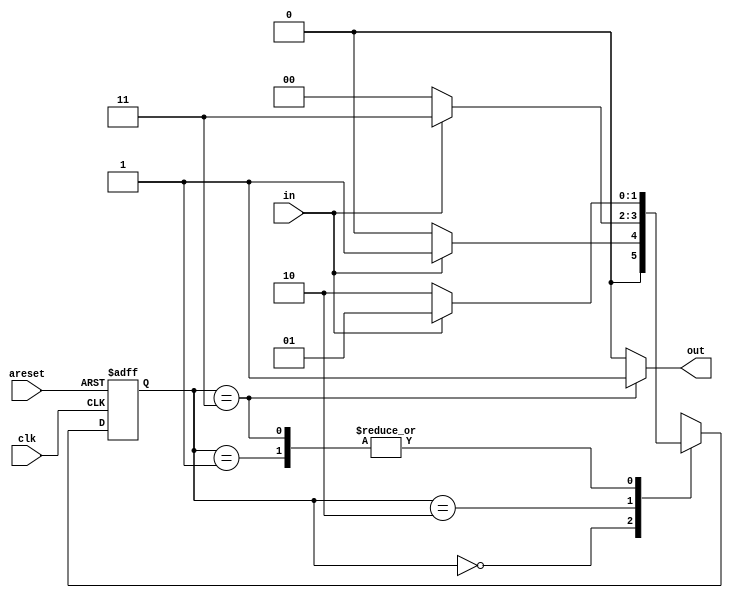
module top_module(
    input clk,
    input in,
    input areset,
    output out); //

    parameter A = 2'b00, B = 2'b01, C = 2'b10, D = 2'b11;
    reg [1:0] state, next_state;
    
    // State transition logic
    always @(*)
        case(state)
            A: next_state = in ? B : A;
            B: next_state = in ? B : C;
            C: next_state = in ? D : A;
            D: next_state = in ? B : C;
        endcase

    // State flip-flops with asynchronous reset
    always @(posedge clk or posedge areset) begin
        if(areset) begin
            state <= A;
        end 
        else 
            state <= next_state;
    end
            
    // Output logic
    always @(*) begin
       	case(state)
            D: out = 1;
        	default: out = 0;
        endcase
    end

endmodule